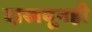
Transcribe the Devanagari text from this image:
दाखवूनही